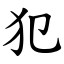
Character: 犯